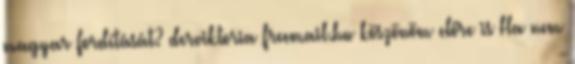
magyar fordítását? derviktoria freemail.hu köszönöm előre is Ha nem